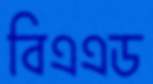
বিএএড